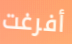
أفرغت